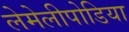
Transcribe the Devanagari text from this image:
लेमेलीपोडिया